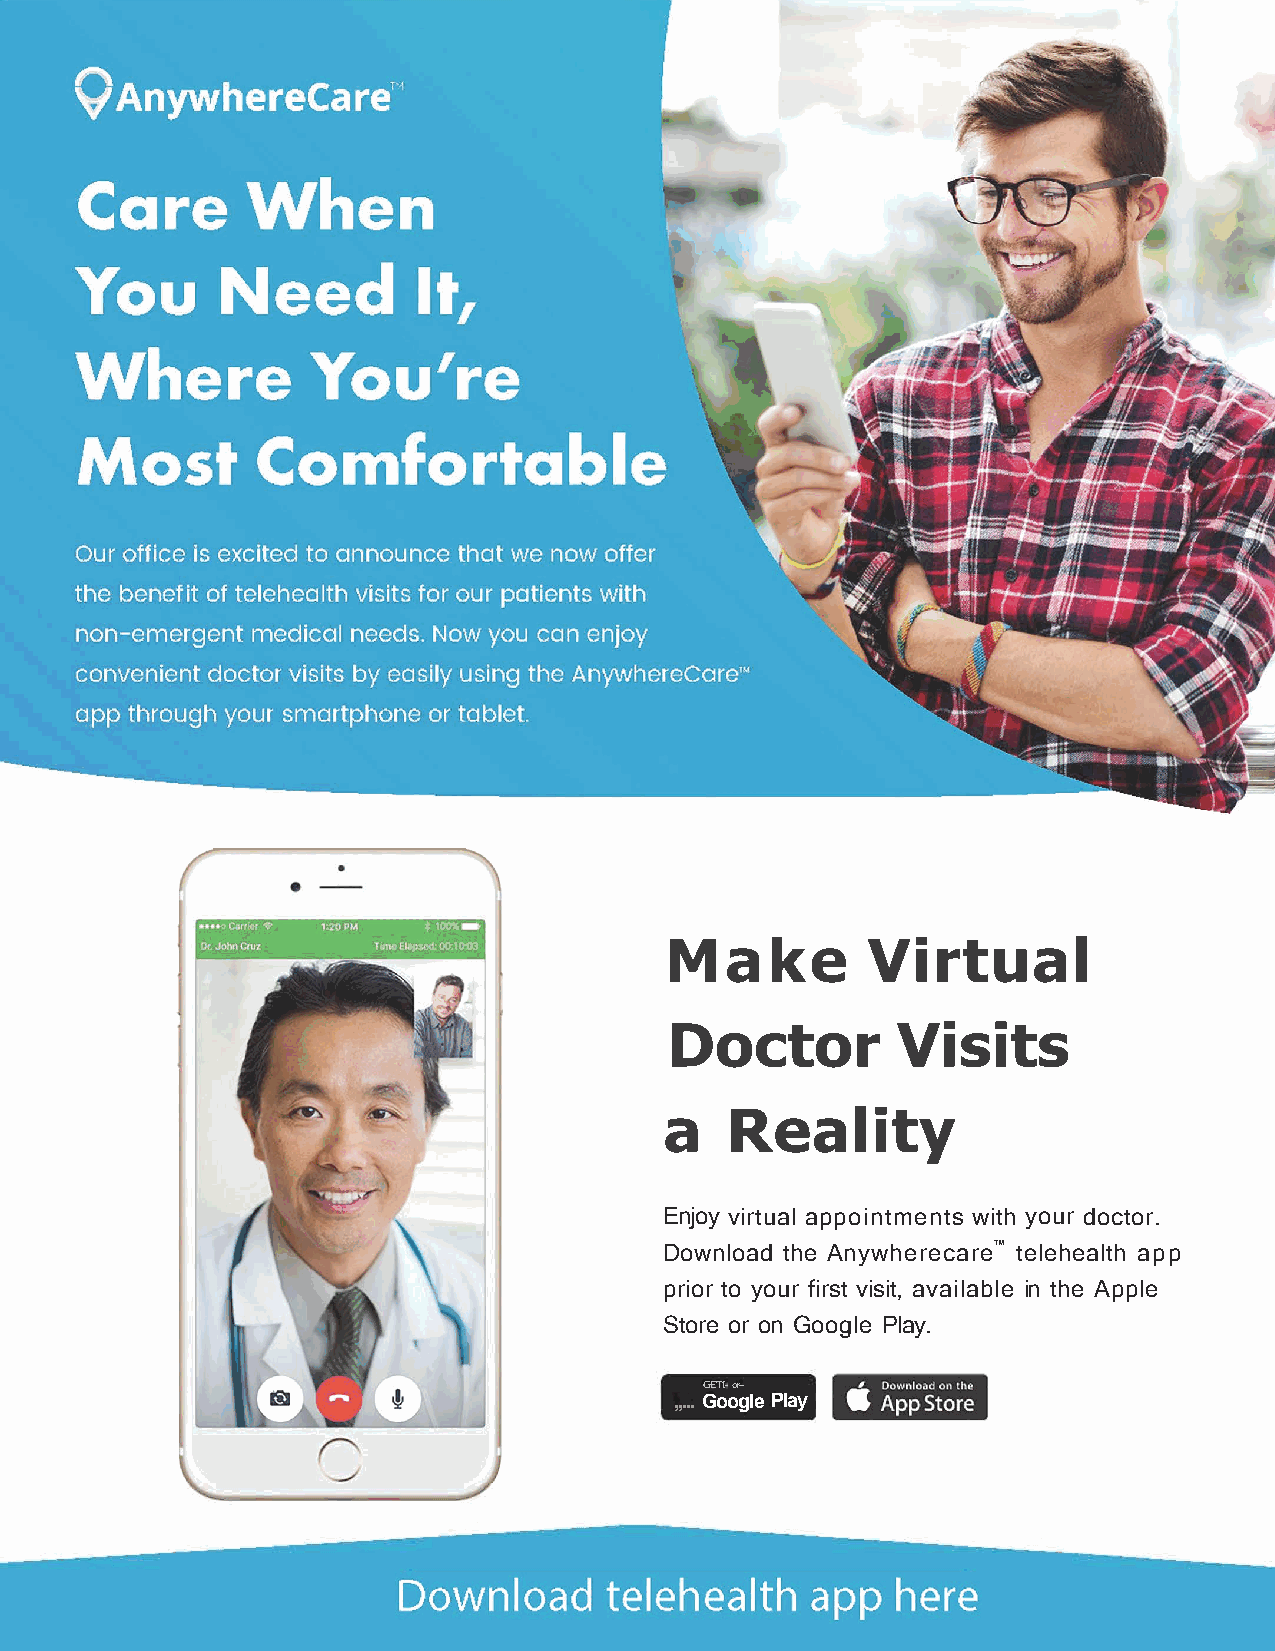
Make         Virtual
 Doctor         Visits
 a   Reality
 Enjoy virtual appointments with your doctor.
 Download the Anywherecare™ telehealth app
 prior to your first visit, available in the Apple
 Store or on Google Play.
 GETI-or--
 ,,... Google Play